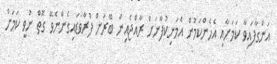
އަންގާފައިވާ ކަމަށާއި އެހެންކަމުން އެމަނިކުފާނަށް ރާއްޖެއިން ބޭރަށް ފުރާވަޑައިގެންނެވޭ ގޮތް ނުވީ ކަމަށް